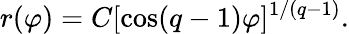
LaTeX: r(\varphi)=C[\cos(q-1)\varphi]^{1/(q-1)}.